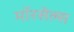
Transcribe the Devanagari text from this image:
मॉरसेल्स